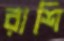
রাশি